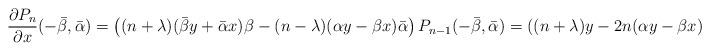
LaTeX: \begin{align*}\frac{\partial P_n}{\partial x}(-\bar\beta,\bar\alpha)=\left((n+\lambda)(\bar\beta y+\bar \alpha x)\beta-(n-\lambda)(\alpha y-\beta x)\bar\alpha\right)P_{n-1}(-\bar\beta,\bar\alpha)=\left((n+\lambda)y-2n(\alpha y-\beta x)\bar\alpha\right)P_{n-1}(-\bar\beta,\bar\alpha),\end{align*}